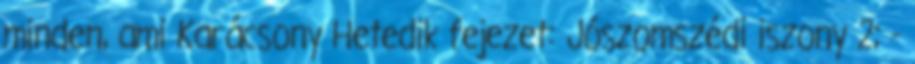
minden, ami Karácsony Hetedik fejezet: Jószomszédi iszony 2; -